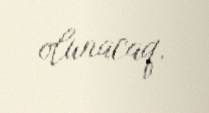
olunacaq.